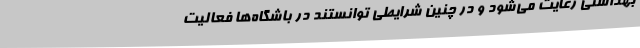
بهداشتی رعایت می‌شود و در چنین شرایطی توانستند در باشگاه‌ها فعالیت